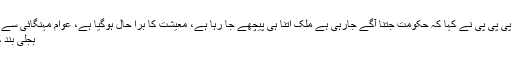
چیئر مین پی پی پی نے کہا کہ حکومت جتنا آگے جارہی ہے ملک اتنا ہی پیچھے جا رہا ہے، معیشت کا برا حال ہوگیا ہے، عوام مہنگائی سے تنگ ہیں،
بجلی بند کردیا ہے۔